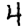
Digit: 4